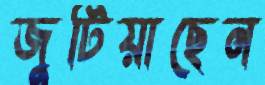
জুটিয়াছেন